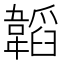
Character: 韜